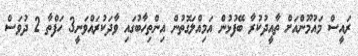
ރައީސް މައުމޫންއަށް ތާއީދުކުރާ ބޭފުޅުން އަމިއްލަގޮތުން އިންތިހާބުގައި ވާދަކުރައްވަނީ3 ހަފްތާ 2 ދުވަސް